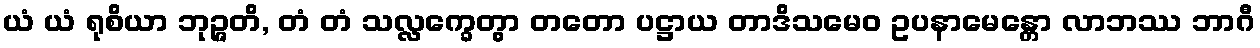
ယံ ယံ ရုစိယာ ဘုဉ္ဇတိ, တံ တံ သလ္လက္ခေတွာ တတော ပဋ္ဌာယ တာဒိသမေဝ ဥပနာမေန္တော လာဘဿ ဘာဂီ